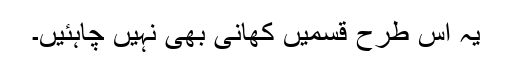
یہ اس طرح قسمیں کھانی بھی نہیں چاہئیں۔